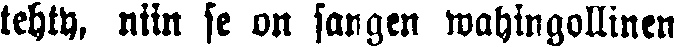
tehty, niin se on sangen wahingollinen